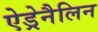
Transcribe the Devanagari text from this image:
ऐड्रेनैलिन